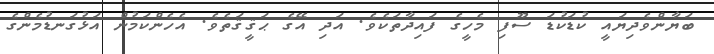
ބަޔާންވެދިޔައީ ކުޑަކުޑަ ސޫފި މެހީގެ ފައިދާތަކެވެ. އަދި އޭގެ ޙަޤީޤަތެވެ. އެހެންކަމުން އަޅުގަނޑުމެންގެ